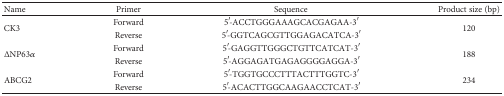
| Name | Primer | Sequence | Product size (bp) |
 | --- | --- | --- | --- |
 | <ROWSPAN=2> CK3 | Forward | 5′-ACCTGGGAAAGCACGAGAA-3′ | <ROWSPAN=2> 120 |
 | Reverse | 5′-GGTCAGCGTTGGAGACATCA-3′ |
 | <ROWSPAN=2> ΔNP63α | Forward | 5′-GAGGTTGGGCTGTTCATCAT-3′ | <ROWSPAN=2> 188 |
 | Reverse | 5′-AGGAGATGAGAGGGGAGGA-3′ |
 | <ROWSPAN=2> ABCG2 | Forward | 5′-TGGTGCCCTTTACTTTGGTC-3′ | <ROWSPAN=2> 234 |
 | Reverse | 5′-ACACTTGGCAAGAACCTCAT-3′ |